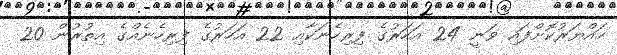
ހައްޔަރުކޮށްފައި ވަނީ 24 އަހަރުގެ ފިރިހެނަކާއި 22 އަހަރުގެ ފިރިހެނެއްގެ އިތުރުން 20